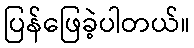
ပြန်ဖြေခဲ့ပါတယ်။